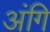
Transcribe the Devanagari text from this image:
अंगि